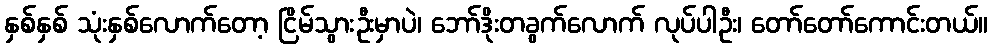
နှစ်နှစ် သုံးနှစ်လောက်တော့ ငြိမ်သွားဦးမှာပဲ၊ ဘော်ဒိုးတခွက်လောက် လုပ်ပါဦး၊ တော်တော်ကောင်းတယ်။